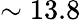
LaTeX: \sim 13.8